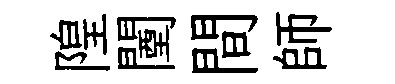
隍闉間師